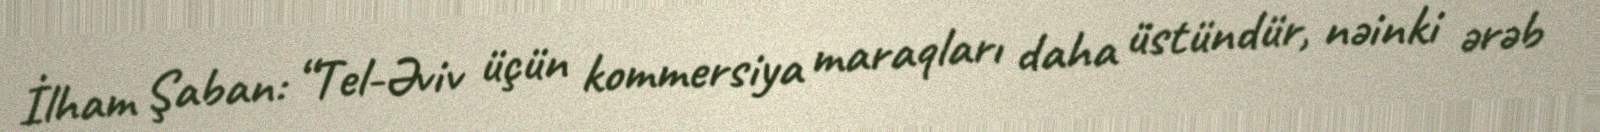
İlham Şaban: “Tel-Əviv üçün kommersiya maraqları daha üstündür, nəinki ərəb